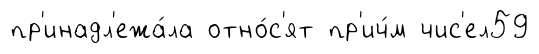
пр'инадл'ежа́ла отно́с'ят пр'ич́м чис'ел59